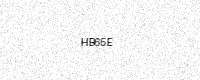
Text: HB65E